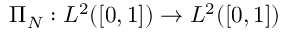
\Pi _ { N } : L ^ { 2 } ( [ 0 , 1 ] ) \to L ^ { 2 } ( [ 0 , 1 ] )